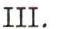
III.